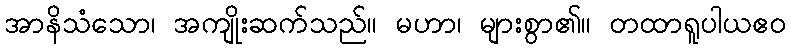
အာနိသံသော၊ အကျိုးဆက်သည်။ မဟာ၊ များစွာ၏။ တထာရူပါယဧဝ